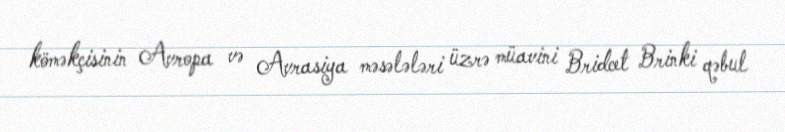
köməkçisinin Avropa və Avrasiya məsələləri üzrə müavini Bridcet Brinki qəbul